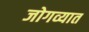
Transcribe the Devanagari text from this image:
जोगव्यात